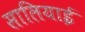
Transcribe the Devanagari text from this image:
सालियाई